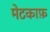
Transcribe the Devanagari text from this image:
मेटकाफ़